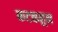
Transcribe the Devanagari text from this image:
कटकहून